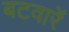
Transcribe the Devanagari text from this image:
बटवारंे